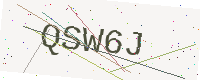
Text: QSW6J